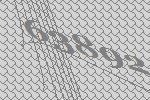
63892